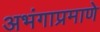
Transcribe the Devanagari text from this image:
अभंगाप्रमाणे